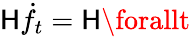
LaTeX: \mathsf{H}\dot{{f}}_{t}=\mathsf{H}\forallt